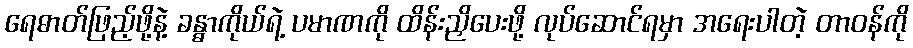
ရေဓာတ်ဖြည့်ဖို့နဲ့ ခန္ဓာကိုယ်ရဲ့ ပမာဏကို ထိန်းညှိပေးဖို့ လုပ်ဆောင်ရမှာ အရေးပါတဲ့ တာဝန်ကို